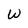
Character: w